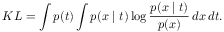
K L = \int p ( t ) \int p ( x \mid t ) \log { \frac { p ( x \mid t ) } { p ( x ) } } \, d x \, d t .